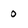
Character: 0